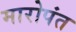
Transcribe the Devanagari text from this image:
मारोपंत